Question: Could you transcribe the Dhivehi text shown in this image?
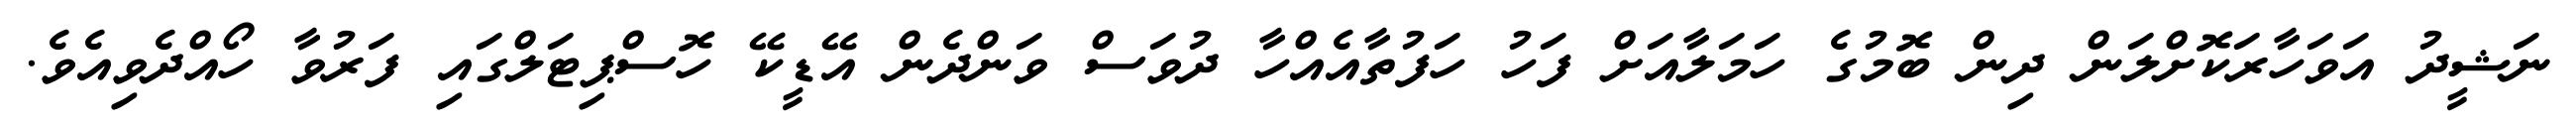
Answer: ނަޝީދު އަވަހާރަކޮށްލަން ދިން ބޮމުގެ ހަމަލާއަށް ފަހު ހަފުތާއެއްހާ ދުވަސް ވަންދެން އޭޑީކޭ ހޮސްޕިޓަލްގައި ފަރުވާ ހޯއްދެވިއެވެ.